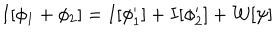
I [ \phi _ { 1 } + \phi _ { 2 } ] = I [ \phi _ { 1 } ^ { \prime } ] + I [ \phi _ { 2 } ^ { \prime } ] + { \cal W } [ \psi ]